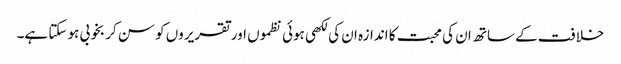
خلافت کے ساتھ ان کی محبت کا اندازہ ان کی لکھی ہوئی نظموں اور تقریروں کو سن کر بخوبی ہو سکتا ہے۔